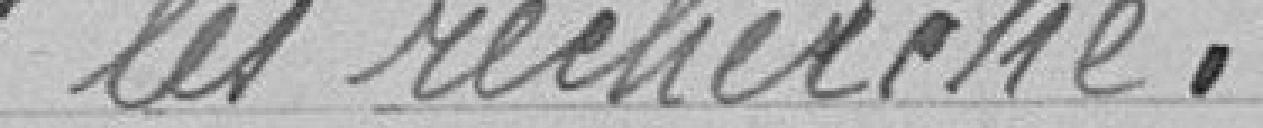
les recherche.